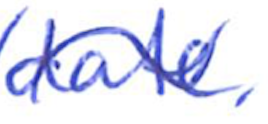
Text: date,
Cross-out: wave
Writing tool: ballpoint